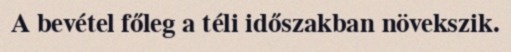
A bevétel főleg a téli időszakban növekszik.